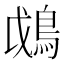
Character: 𩿰